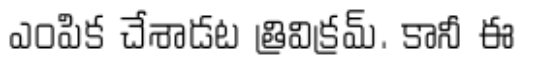
ఎంపిక చేశాడట త్రివిక్రమ్. కానీ ఈ